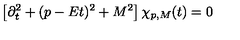
\left[ \partial _ { t } ^ { 2 } + ( p - E t ) ^ { 2 } + M ^ { 2 } \right] \chi _ { p , M } ( t ) = 0